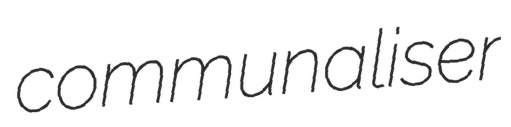
communaliser